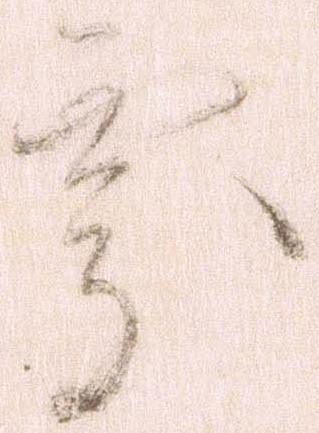
処